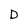
Character: D